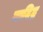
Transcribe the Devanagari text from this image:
मादिद्र